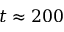
t \approx 2 0 0